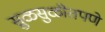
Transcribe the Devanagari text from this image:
सुळसुळीतपणे